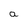
Character: a